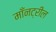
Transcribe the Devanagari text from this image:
माँनट्रील